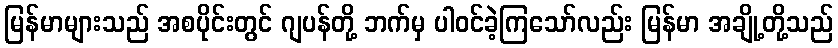
မြန်မာများသည် အစပိုင်းတွင် ဂျပန်တို့ ဘက်မှ ပါဝင်ခဲ့ကြသော်လည်း မြန်မာ အချို့တို့သည်